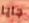
جايا